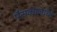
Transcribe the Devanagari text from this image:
पैसकालाची